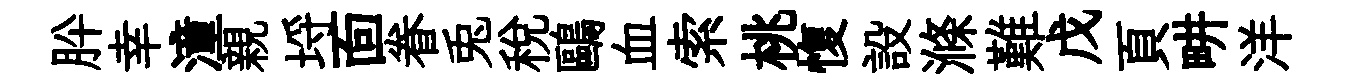
肸幸潼親埓靣眷兎税鷗血索桃愎設滌難戊頁畊洋